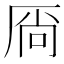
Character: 𫨋